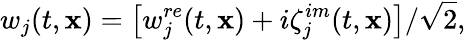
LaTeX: w_{j}(t,\mathbf{x})=\left[w_{j}^{re}(t,\mathbf{x})+i\zeta_{j}^{im}(t,\mathbf{x})\right]/\sqrt{2},